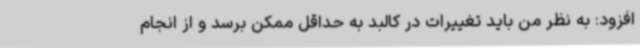
افزود: به نظر من باید تغییرات در کالبد به حداقل ممکن برسد و از انجام